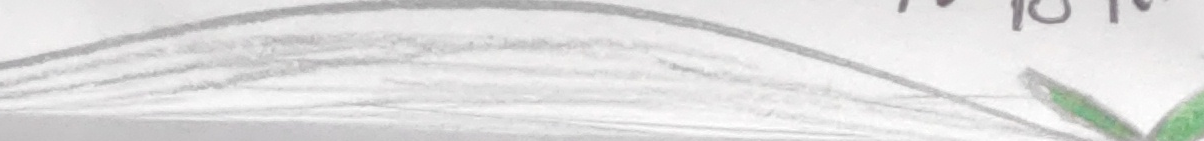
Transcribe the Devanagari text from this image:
हेर्नुहोस्